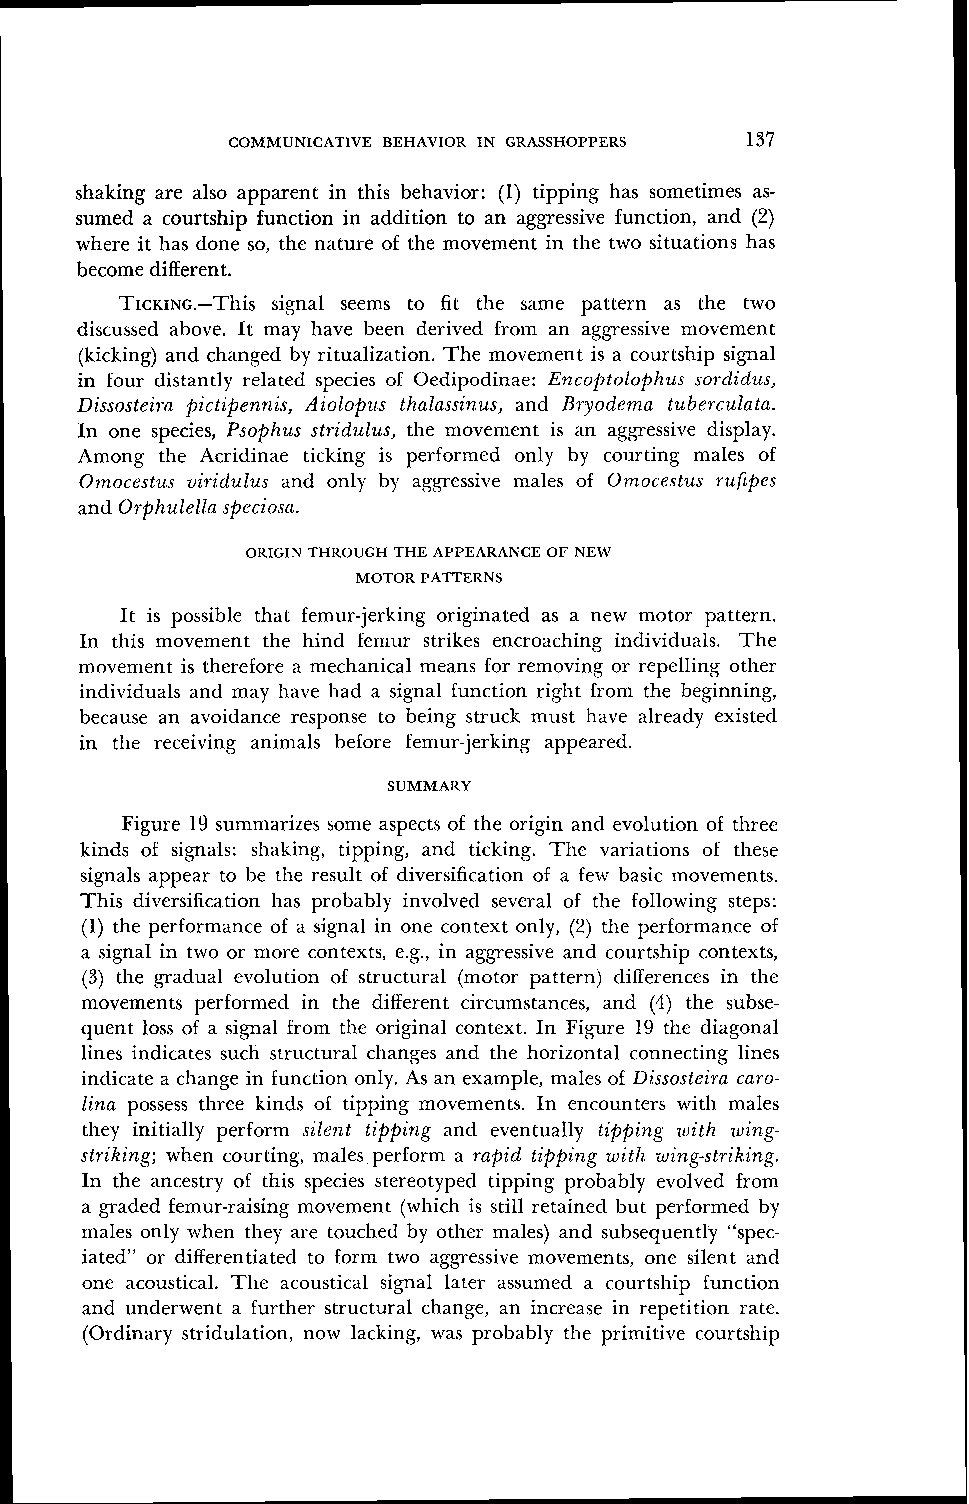
COMMUNICATIVE BEHAVIOR IN GRASSHOPPERS 137
 shaking are also apparent in this behavior: (1) tipping has sometimes as-
 sumed a courtship function in addition to an aggressive function, and (2)
 where it has done so, the nature of the movement in the two situations has
 become different.
 TICKING.--This signal seems to fit the same pattern as the two
 discussed above. It may have been derived from an aggressive movement
 (kicking) and changed by ritualization. The movement is a courtship signal
 in four distantly related species of Oedipodinae: E~zcoptolophuss ordidus,
 Dissosteira pictipennis, Aiolopus thalassinus, and Bryodema tuberculata.
 In one species, Psophus stridulus, the movement is an aggressive display.
 Among the Acridinae ticking is performed only by courting males of
 Om,ocestz~su iridulus and only by aggressive males of Omoce.~tz~rsu fipes
 and Orphz~lellas peciosa.
 ORIGIN THKOUGH THE APPEARANCE OF NEW
 MOTOR PATTERNS
 It is possible that femur-jerking originated as a new motor pattern.
 In this movement the hind femur strikes encroaching individuals. The
 movement is therefore a mechanical means for removing or repelling other
 individuals and may have had a signal function right from the beginning,
 because an avoidance response to being struck must have already existed
 in the receiving animals before femur-jerking appeared.
 SUMMARY
 Figure 19 summarizes some aspects of the origin and evolution of three
 kinds of signals: shaking, tipping, and ticking. The variations of these
 signals appear to be the result of diversification of a few basic movements.
 This diversification has probably involved several of the following steps:
 (1) the performance of a signal in one context only, (2) the performance of
 a signal in two or more contexts, e.g., in aggressive and courtship contexts,
 (3) the gradual evolution of structural (motor pattern) differences in the
 movements performed in the different circumstances, and (4) the subse-
 quent loss of a signal from the original context. In Figure 19 the diagonal
 lines indicates such structural changes and the horizontal connecting lines
 indicate a change in function only. As an example, males of L)issosteira caro-
 lina possess three kinds of tipping movements. In encounters with males
 they initially perform silent tipping and eventually tipping with wing-
 striking; when courting, males perform a rapid tipping with wing-striking.
 In the ancestry of this species stereotyped tipping probably evolved from
 a graded femur-raising movement (which is still retained but performed by
 males only when they are touched by other males) and subsequently "spec-
 iated" or differentiated to form two aggressive movements, one silent and
 one acoustical. The acoustical signal later assumed a courtship function
 and underwent a further structural change, an increase in repetition rate.
 (Ordinary stridulation, now lacking, was probably the primitive courtship